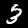
Label: 3